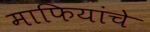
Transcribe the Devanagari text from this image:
माफियांचे